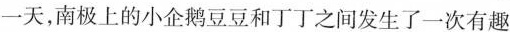
一天，南极上的小企鹅豆豆和丁丁之间发生了一次有趣